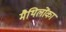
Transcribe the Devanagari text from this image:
मैथिलोंका